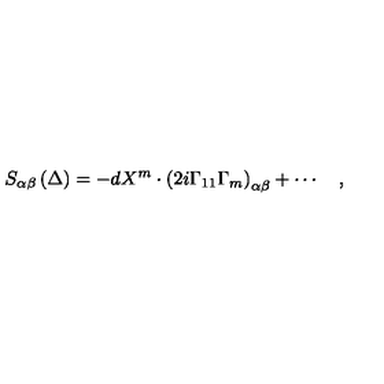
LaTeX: S _ { \alpha \beta } \left( \Delta \right) = - d X ^ { m } \cdot \left( 2 i \Gamma _ { 1 1 } \Gamma _ { m } \right) _ { \alpha \beta } + \cdots \quad ,